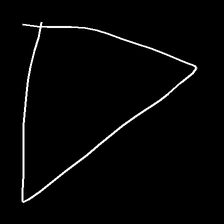
Glyph: convergence